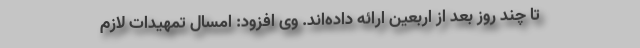
تا چند روز بعد از اربعین ارائه داده‌اند. وی افزود: امسال تمهیدات لازم